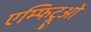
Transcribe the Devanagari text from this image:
एम्फिट्रूओ